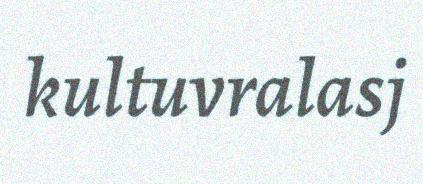
kultuvralasj